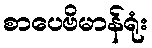
စာပေဗိမာန်ရုံး